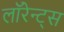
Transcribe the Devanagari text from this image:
लॉरेन्ट्स